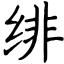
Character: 绯